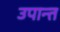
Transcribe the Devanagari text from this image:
उपान्त